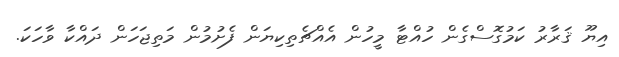
އިޔޫ ޤަރާރު ކަމުގޮސްގެން ހުއްޓާ މީހުން އެއްޗެތިކިޔަން ފެށުމުން މަތިޖަހަން ދައްކާ ވާހަކަ.